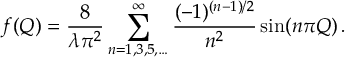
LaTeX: f ( Q ) = \frac { 8 } { \lambda \pi ^ { 2 } } \sum _ { n = 1 , 3 , 5 , \ldots } ^ { \infty } \frac { ( - 1 ) ^ { ( n - 1 ) / 2 } } { n ^ { 2 } } \sin ( n \pi Q ) \, .